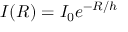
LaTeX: I ( R ) = I _ { 0 } e ^ { - R / h }